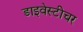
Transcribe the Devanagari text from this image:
डाइवेस्टीचर